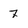
Character: 7